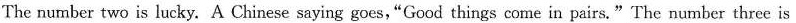
The number two is lucky. A Chinese saying goes,"Good things come in pairs."The number three is